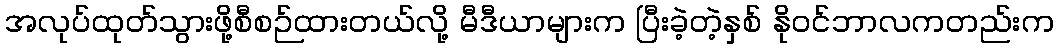
အလုပ်ထုတ်သွားဖို့စီစဉ်ထားတယ်လို့ မီဒီယာများက ပြီးခဲ့တဲ့နှစ် နိုဝင်ဘာလကတည်းက